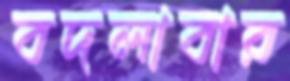
বদলাবার